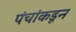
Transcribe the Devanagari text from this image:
पंचांकडून